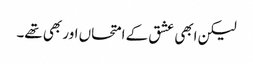
لیکن ابھی عشق کے امتحاں اور بھی تھے۔